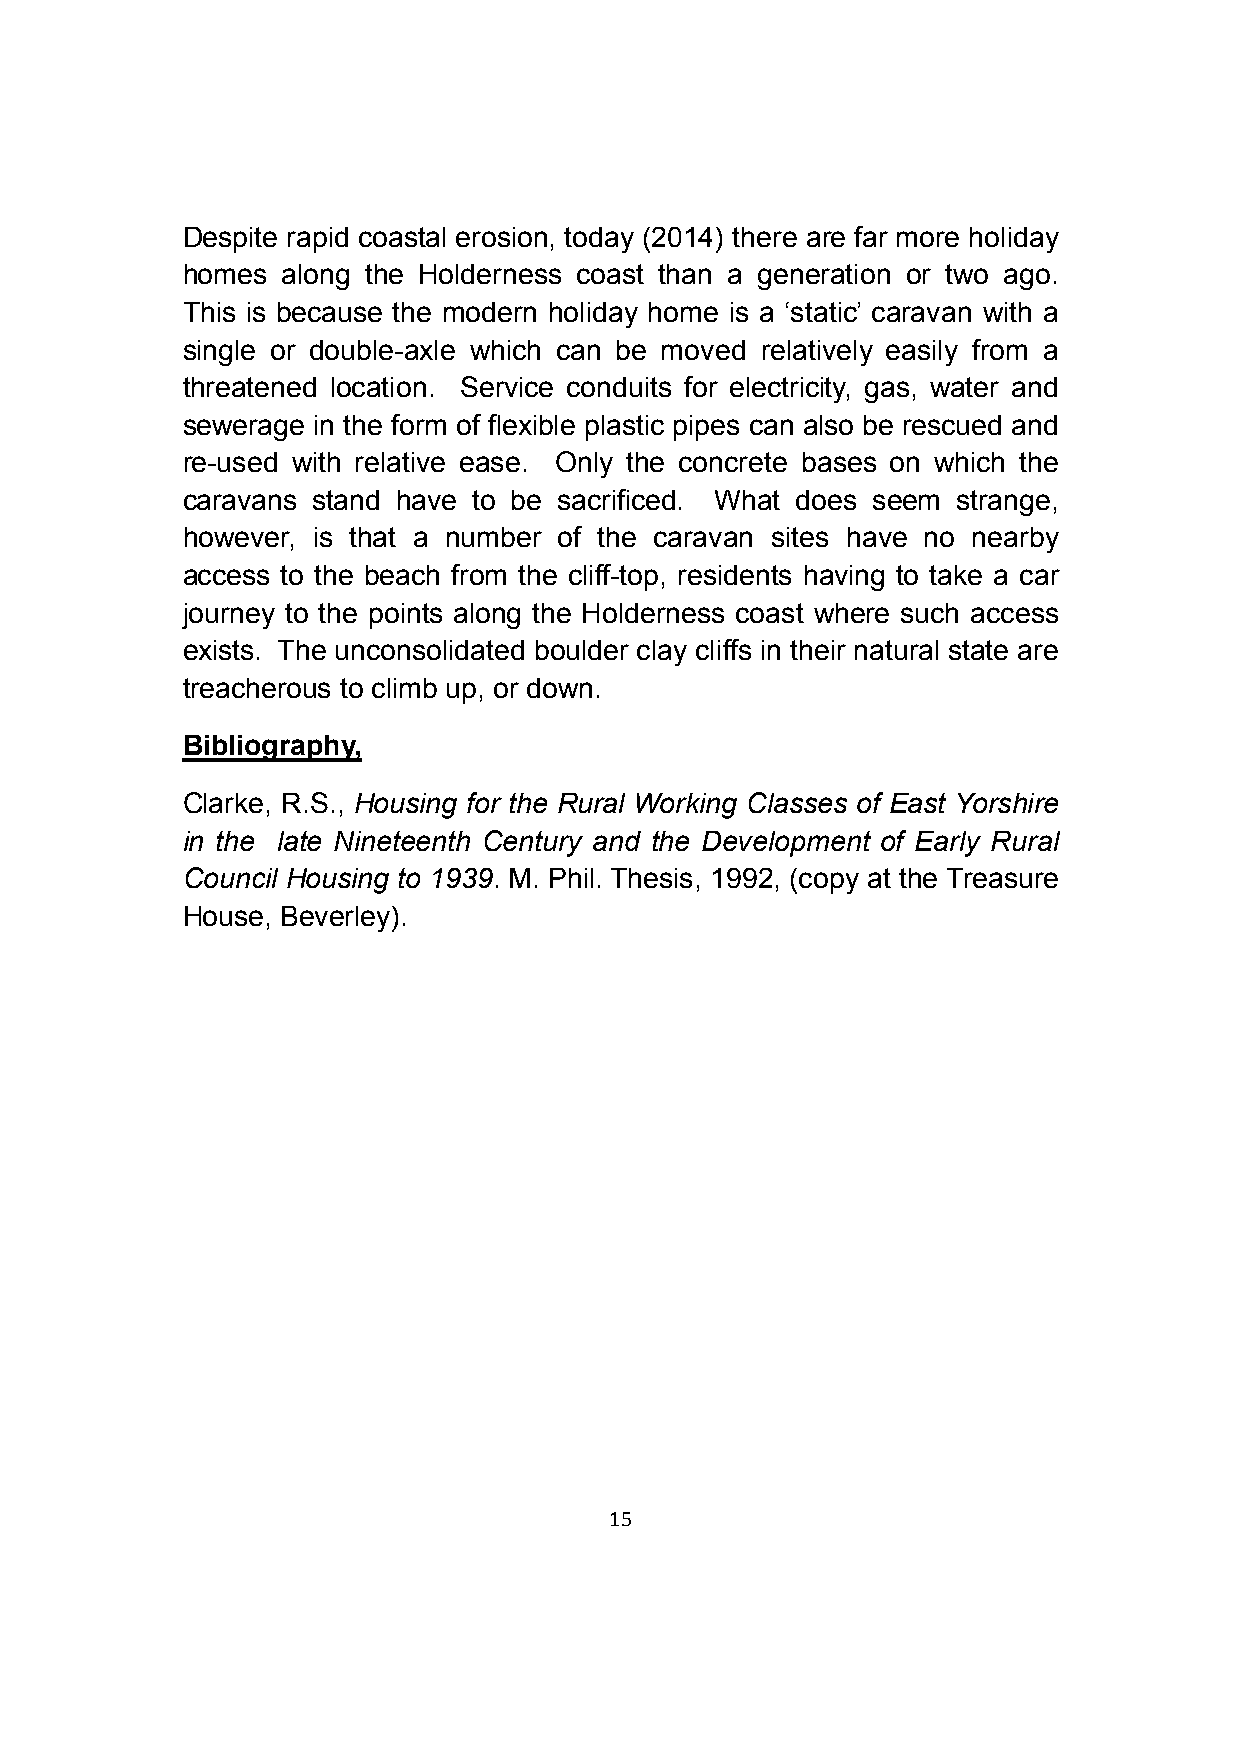
Despite rapid coastal erosion, today (2014) there are far more holiday
 homes  along the Holderness coast than a generation or two ago.
 This is because the modern holiday home is a ‘static’ caravan with a
 single or double-axle which can be moved relatively easily from a
 threatened location. Service conduits for electricity, gas, water and
 sewerage in the form of flexible plastic pipes can also be rescued and
 re-used with relative ease. Only the concrete bases on which the
 caravans stand have to be sacrificed. What does seem strange,
 however, is that a number of the caravan sites have no nearby
 access to the beach from the cliff-top, residents having to take a car
 journey to the points along the Holderness coast where such access
 exists. The unconsolidated boulder clay cliffs in their natural state are
 treacherous to climb up, or down.
 Bibliography,
 Clarke, R.S., Housing for the Rural Working Classes of East Yorshire
 in the late Nineteenth Century and the Development of Early Rural
 Council Housing to 1939. M. Phil. Thesis, 1992, (copy at the Treasure
 House, Beverley).
 15